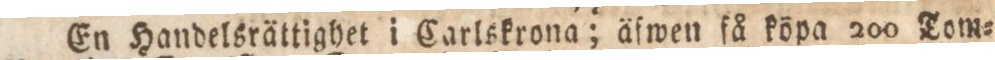
En Handelsrättighet i Carlskrona; äfwen få köpa 200 Tom=